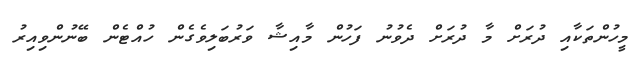
މީހުންތަކާއި ދުރަށް މާ ދުރަށް ދެވުނު ފަހުން މާއިޝާ ވަރުބަލިވެގެން ހުއްޓެން ބޭނުންވިއިރު